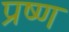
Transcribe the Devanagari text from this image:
प्रष्ण